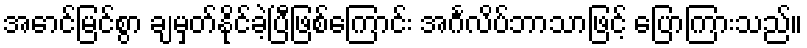
အောင်မြင်စွာ ချမှတ်နိုင်ခဲ့ပြီဖြစ်ကြောင်း အင်္ဂလိပ်ဘာသာဖြင့် ပြောကြားသည်။